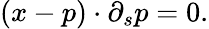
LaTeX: \begin{array}{r}{(x-p)\cdot\partial_{s}p=0.}\end{array}